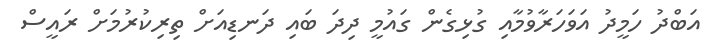
އަބްދު ހަމީދު އަވަހަރާވުމާއި ގުޅިގެން ގައުމީ ދިދަ ބައި ދަނޑިއަށް ތިރިކުރުމަށް ރައީސް